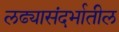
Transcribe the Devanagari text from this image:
लढ्यासंदर्भातील